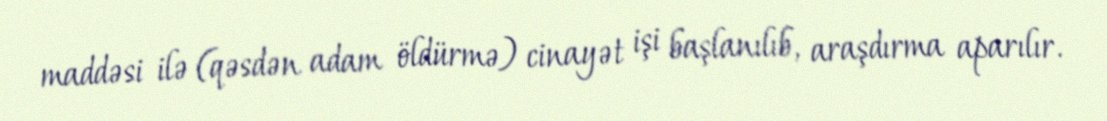
maddəsi ilə (qəsdən adam öldürmə) cinayət işi başlanılıb, araşdırma aparılır.